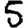
Digit: 5